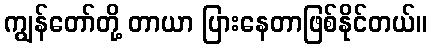
ကျွန်တော်တို့ တာယာ ပြားနေတာဖြစ်နိုင်တယ်။